Source: Handwritten
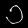
Digit: ၁ (1)